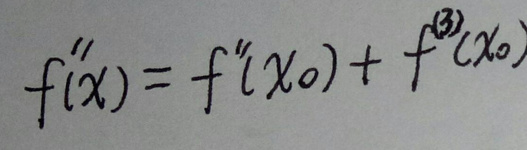
\[
f''(x)=f''(x_0)+f^{(3)}(x_0)
\]